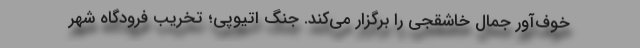
خوف‌آور جمال خاشقجی را برگزار می‌کند. جنگ اتیوپی؛ تخریب فرودگاه شهر